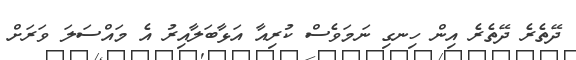
ދޭތެރެ ދޭތެރެ އިން ހިނގި ނަމަވެސް ކުރިއާ އަޅާބަލާއިރު އެ މައްސަލަ ވަރަށް